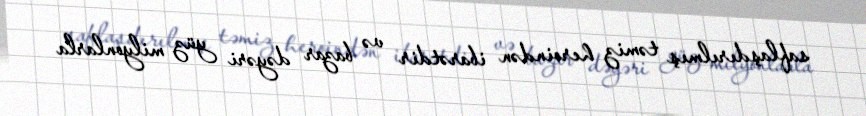
saflaşdırılmış təmiz heroindən ibarətdir və bazar dəyəri yüz milyonlarla